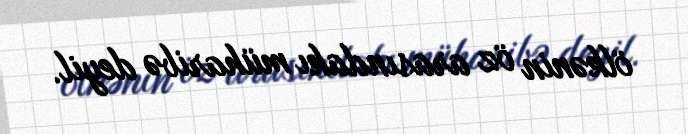
ölkənin öz arasındakı müharibə deyil.